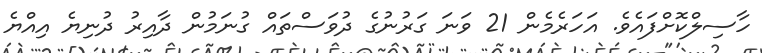
ހާސިލްކޮށްފައެވެ. އަހަރެމެން 21 ވަނަ ގަރުނުގެ ދުވަސްތައް ގުނަމުން ދާއިރު ދުނިޔެ އިއްޔެ